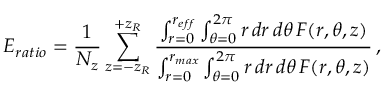
E _ { r a t i o } = \frac { 1 } { N _ { z } } \sum _ { z = - z _ { R } } ^ { + z _ { R } } \frac { \int \displaylimits _ { r = 0 } ^ { r _ { e f f } } \int \displaylimits _ { \theta = 0 } ^ { 2 \pi } \mathop { r } \mathop { d r } \mathop { d \theta } F ( r , \theta , z ) } { \int \displaylimits _ { r = 0 } ^ { r _ { m a x } } \int \displaylimits _ { \theta = 0 } ^ { 2 \pi } \mathop { r } \mathop { d r } \mathop { d \theta } F ( r , \theta , z ) } \, ,